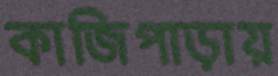
কাজিপাড়ায়